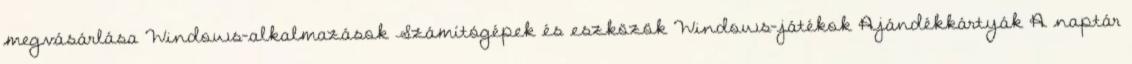
megvásárlása Windows-alkalmazások Számítógépek és eszközök Windows-játékok Ajándékkártyák A naptár